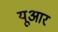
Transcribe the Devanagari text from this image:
यूआर